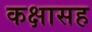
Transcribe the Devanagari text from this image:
कक्षासह